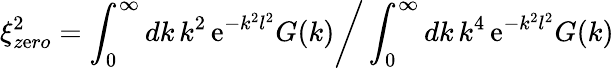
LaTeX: \xi_{z\mathrm{e}ro}^{2}=\int_{0}^{\infty}dk\, k^{2}\, \mathrm{e}^{-k^{2}l^{2}}G(k)\bigg/\int_{0}^{\infty}dk\, k^{4}\, \mathrm{e}^{-k^{2}l^{2}}G(k)